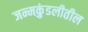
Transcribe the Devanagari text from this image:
जन्मकुंडलीतील